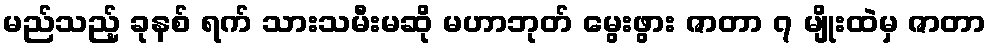
မည်သည့် ခုနစ် ရက် သားသမီးမဆို မဟာဘုတ် မွေးဖွား ဇာတာ ၇ မျိုးထဲမှ ဇာတာ